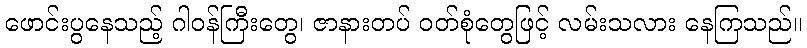
ဖောင်းပွနေသည့် ဂါဝန်ကြီးတွေ၊ ဇာနားတပ် ဝတ်စုံတွေဖြင့် လမ်းသလား နေကြသည်။